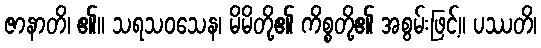
ဇာနာတိ၊ ၏။ သရသဝသေန၊ မိမိတို့၏ ကိစ္စတို့၏ အစွမ်းဖြင့်။ ပဿတိ၊